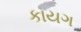
કાયગ